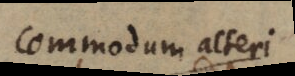
commodum alteri